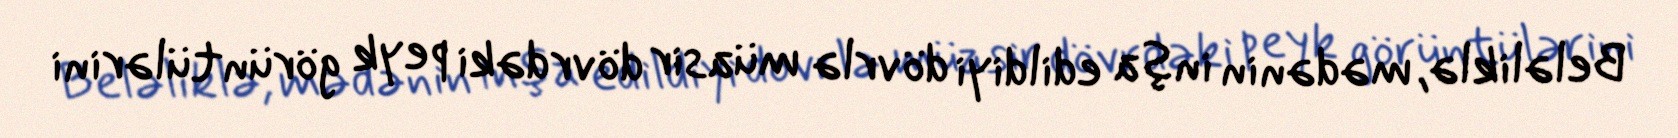
Beləliklə, mədənin inşa edildiyi dövrlə müasir dövrdəki peyk görüntülərini